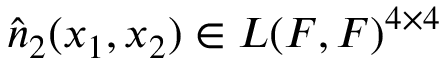
\hat { \b { n } } _ { 2 } ( x _ { 1 } , x _ { 2 } ) \in { \cal L } ( { \cal F } , { \cal F } ) ^ { 4 \times 4 }